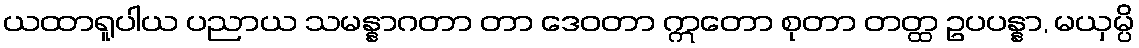
ယထာရူပါယ ပညာယ သမန္နာဂတာ တာ ဒေဝတာ ဣတော စုတာ တတ္ထ ဥပပန္နာ, မယှမ္ပိ